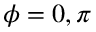
\phi = 0 , \pi